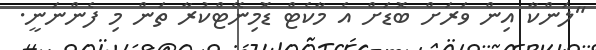
"ލަންކާ އިން ވަރަށް ބޮޑަށް އެ މާކެޓް ޑޮމިނޭޓްކުރާ ތަން މި ފެންނަނީ.